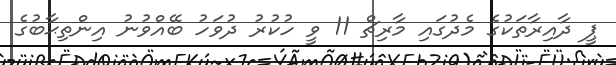
ޕީ ދާއިރާތަކުގެ މެދުގައި މާރިޗް 11 ވީ ހުކުރު ދުވަހު ބޭއްވުނު އިންތިޙާބުގެ